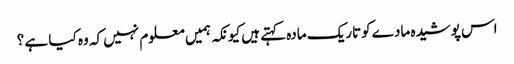
اس پوشیدہ مادے کوتاریک مادہ کہتے ہیں کیونکہ ہمیں معلوم نہیں کہ وہ کیا ہے ؟